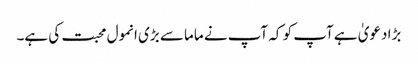
بڑا دعویٰ ہے آپ کو کہ آپ نے ماما سے بڑی انمول محبت کی ہے۔